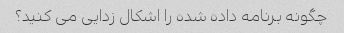
چگونه برنامه داده شده را اشکال زدایی می کنید؟